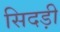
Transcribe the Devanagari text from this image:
सिदड़ी